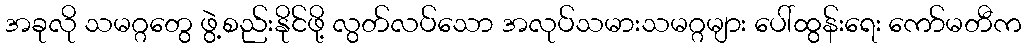
အခုလို သမဂ္ဂတွေ ဖွဲ့စည်းနိုင်ဖို့ လွတ်လပ်သော အလုပ်သမားသမဂ္ဂများ ပေါ်ထွန်းရေး ကော်မတီက